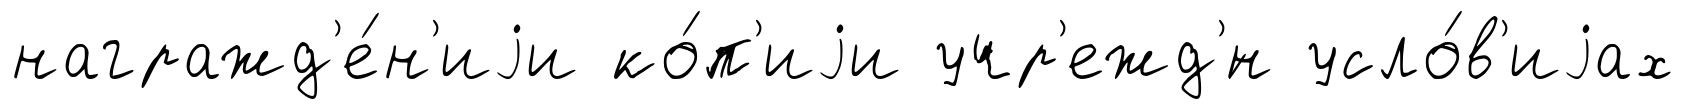
награжд'е́н'иjи ко́п'иjи учр'ежд'́н усло́в'иjах